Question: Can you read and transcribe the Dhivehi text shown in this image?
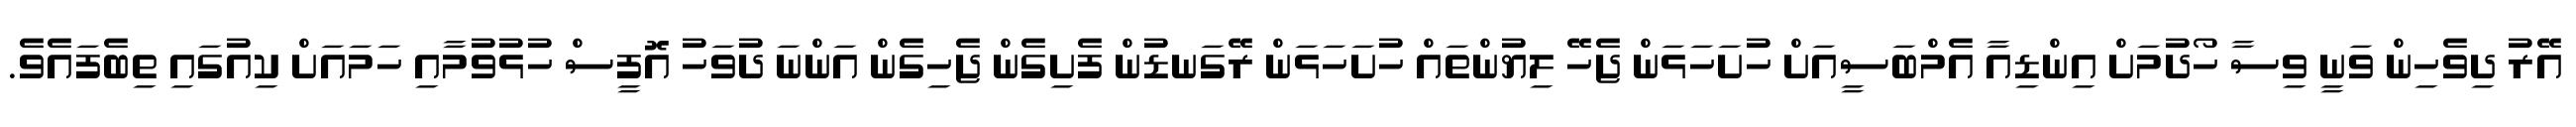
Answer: އޭރު ދިވެހިން ވަނީ ވިސާ ހޯދުމަށް އިންޑިއާ އެމްބަސީއަށް ހުށަހަޅަން ޖެހޭ ލިޔުންތައް ހުށަހަޅަން ރޭގަނޑުން ފެށިގެން ޖެހިގެން އަންނަ ދުވަހު އޮފީސް ހުޅުވުމާއި ހަމައަށް ކިއުގައި ތިބެފައެވެ.